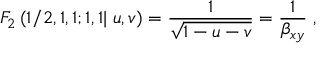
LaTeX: F _ { 2 } \left( 1 / 2 , 1 , 1 ; 1 , 1 | \; u , v \right) = \frac { 1 } { \sqrt { 1 - u - v } } = \frac { 1 } { \beta _ { x y } } \; ,